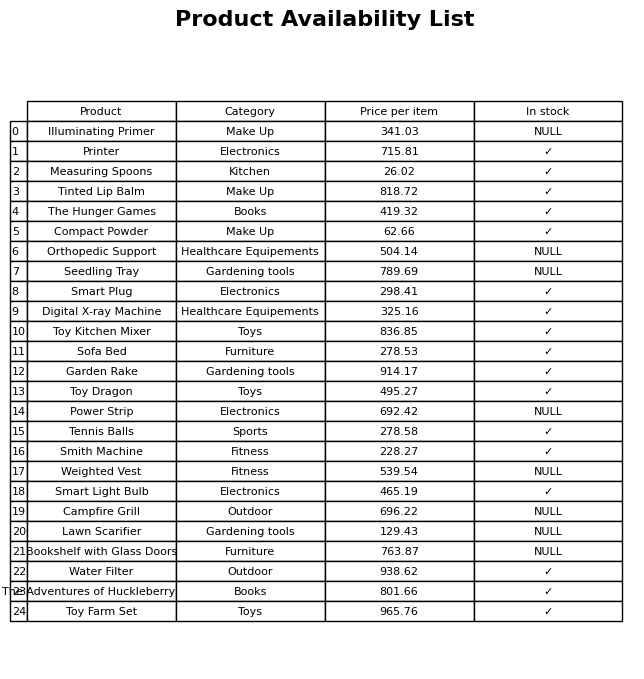
question: What is the price of the Toy Farm Set?
answer: The price of Toy Farm Set is 965.76.